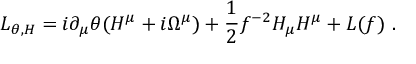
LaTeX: { \cal L } _ { \theta , H } = i \partial _ { \mu } \theta ( H ^ { \mu } + i \Omega ^ { \mu } ) + { \frac { 1 } { 2 } } f ^ { - 2 } H _ { \mu } H ^ { \mu } + { \cal L } ( f ) \ .